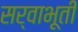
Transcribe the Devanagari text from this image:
सर्वाभूतीं